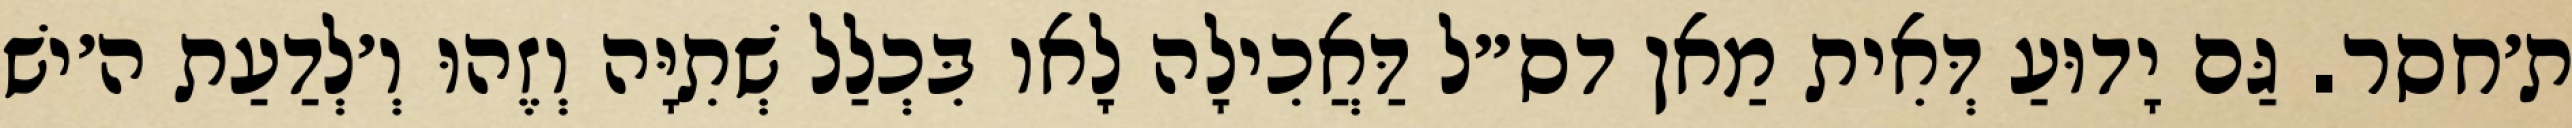
ת׳חסר. גַּם יָדוּעַ דְּאִית מַאן דס״ל דַּאֲכִילָה לָאו בִּכְלַל שְׁתִיָּה וְזֶהוּ וְ׳לְדַעַת ה׳ישׁ